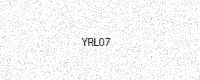
Text: YRL07